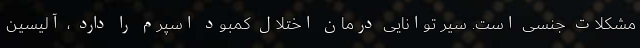
مشکلات جنسی است. سیر توانایی درمان اختلال کمبود اسپرم را دارد ، آلیسین